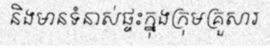
និងមានទំនាស់ផ្ទះក្នុងក្រុមគ្រួសារ